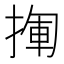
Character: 𢰄